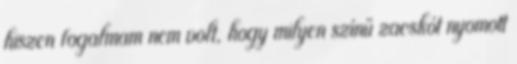
hiszen fogalmam nem volt, hogy milyen színű zacskót nyomott